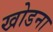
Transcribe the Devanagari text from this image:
खोडना